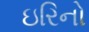
ઇરિનો